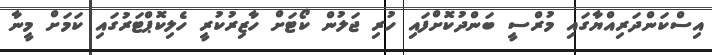
އިސްކަންދަރިއްޔާގައި މުރްސީ ބަންދުކޮށްފައި ހުރި ޖަލުން ކޯޓަށް ހާޒިރުކުރީ ހެލިކޮޕްޓަރުގައި ކަމަށް މީނާ